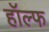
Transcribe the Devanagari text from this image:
हॉल्फ